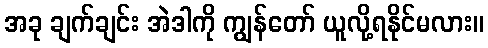
အခု ချက်ချင်း အဲဒါကို ကျွန်တော် ယူလို့ရနိုင်မလား။